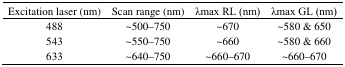
<table><thead><tr><td><b>Excitation laser (nm)</b></td><td><b>Scan range (nm)</b></td><td><b>λmax RL (nm)</b></td><td><b>λmax GL (nm)</b></td></tr></thead><tbody><tr><td>488</td><td>∼500–750</td><td>∼670</td><td>∼580 &amp; 650</td></tr><tr><td>543</td><td>∼550–750</td><td>∼660</td><td>∼580 &amp; 660</td></tr><tr><td>633</td><td>∼640–750</td><td>∼660–670</td><td>∼660–670</td></tr></tbody></table>